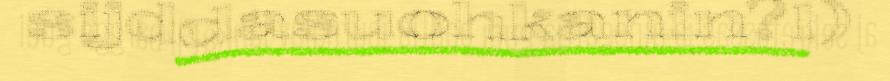
sijddasuohkanin?1)